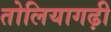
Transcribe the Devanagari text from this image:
तोलियागढ़ी